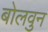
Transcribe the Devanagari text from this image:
बोलवुन